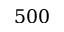
5 0 0